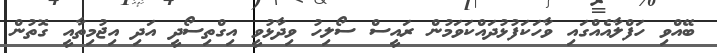
ބޭއްވި ހަފްލާއެއްގައި ވާހަކަފުޅުދައްކަވަމުން ރައީސް ސޯލިހު ވިދާޅުވީ އިގްތިސޯދީ އަދި އިޖުމިތާއީ ގޮތުން